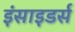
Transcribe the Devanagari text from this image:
इंसाइडर्स